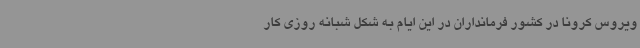
ویروس کرونا در کشور فرمانداران در این ایام به شکل شبانه روزی کار